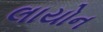
લાયોન